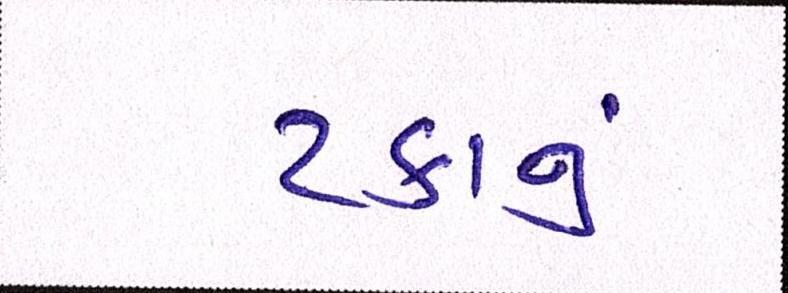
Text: ટકાનું